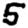
Digit: 5